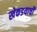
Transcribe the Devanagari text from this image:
खेकडयाची